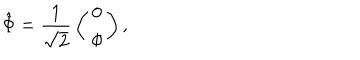
\hat { \Phi } = { \frac { 1 } { \sqrt { 2 } } } \left( \begin{matrix} { { 0 } } \\ { { \phi } } \\ \end{matrix} \right) ,